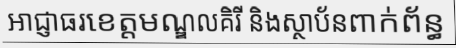
អាជ្ញាធរខេត្តមណ្ឌលគិរី និងស្ថាប័នពាក់ព័ន្ធ